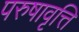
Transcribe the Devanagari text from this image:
परुषावृत्ति